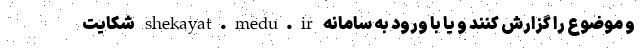
و موضوع را گزارش کنند و یا با ورود به سامانه shekayat.medu.ir شکایت